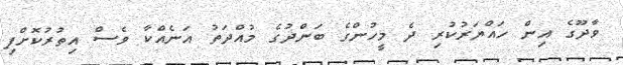
ވާދޫގެ އިން ހައްޔަރުކުރި ދެ މީހުންގެ ބަންދުގެ މުއްދަތު އަނެއްކާ ވެސް އިތުރުކޮށްފި